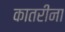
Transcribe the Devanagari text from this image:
कातरीना